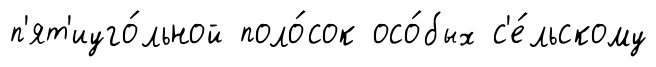
п'ят'иуго́льной поло́сок осо́бых с'е́льскому